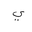
Letter: _ya